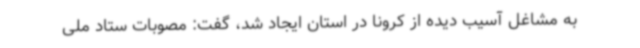
به مشاغل آسیب دیده از کرونا در استان ایجاد شد، گفت: مصوبات ستاد ملی